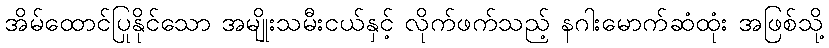
အိမ်ထောင်ပြုနိုင်သော အမျိုးသမီးငယ်နှင့် လိုက်ဖက်သည့် နဂါးမောက်ဆံထုံး အဖြစ်သို့